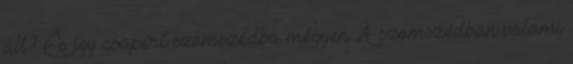
áll? És így csapért szomszédba mégyen A szomszédban valami